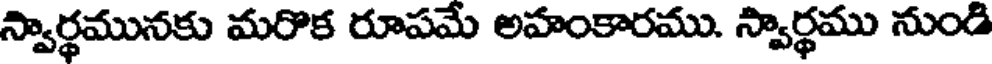
స్వార్థమునకు మరొక రూపమే అహంకారము. స్వార్థము నుండి